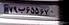
۷۹ب۶۵۵۶۷